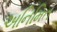
અનિમિત